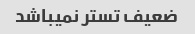
ضعیف تستر نمیباشد